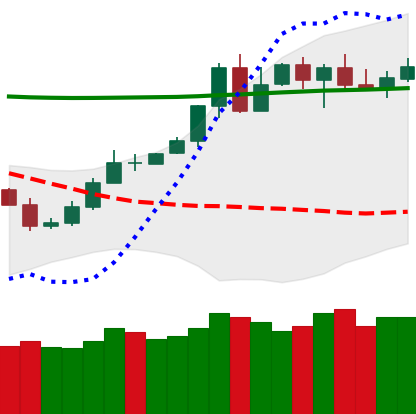
Ticker: TRX-USD
Chart end date: 2020-05-08
Forward return: -8.098%
Label: down_7plus